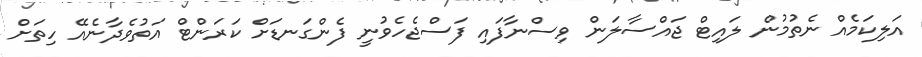
އަލިކަމެއް ނެތުމުން ލައިޓް ޖައްސާލަން ވިސްނާފައި ފަސްޖެހެވުނީ ފެންގަނޑަށް ކަރަންޓް އަތުވެދާނެއޭ ހިތަށް